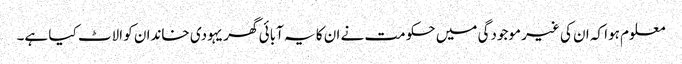
معلوم ہوا کہ ان کی غیر موجودگی میں حکومت نے ان کا یہ آبائی گھر یہودی خاندان کو الاٹ کیا ہے۔